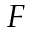
{ \cal F }